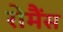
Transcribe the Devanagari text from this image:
रोमैंस